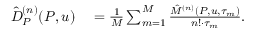
\begin{array} { r l } { \hat { D } _ { P } ^ { ( n ) } ( P , u ) } & { { } = \frac { 1 } { M } \sum _ { m = 1 } ^ { M } \frac { \hat { M } ^ { ( n ) } ( P , u , \tau _ { m } ) } { n ! \cdot \tau _ { m } } . } \end{array}